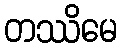
တဿိမေ